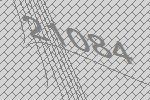
21084